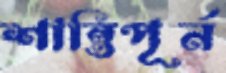
শান্তিপূর্ন